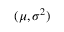
( \mu , \sigma ^ { 2 } )